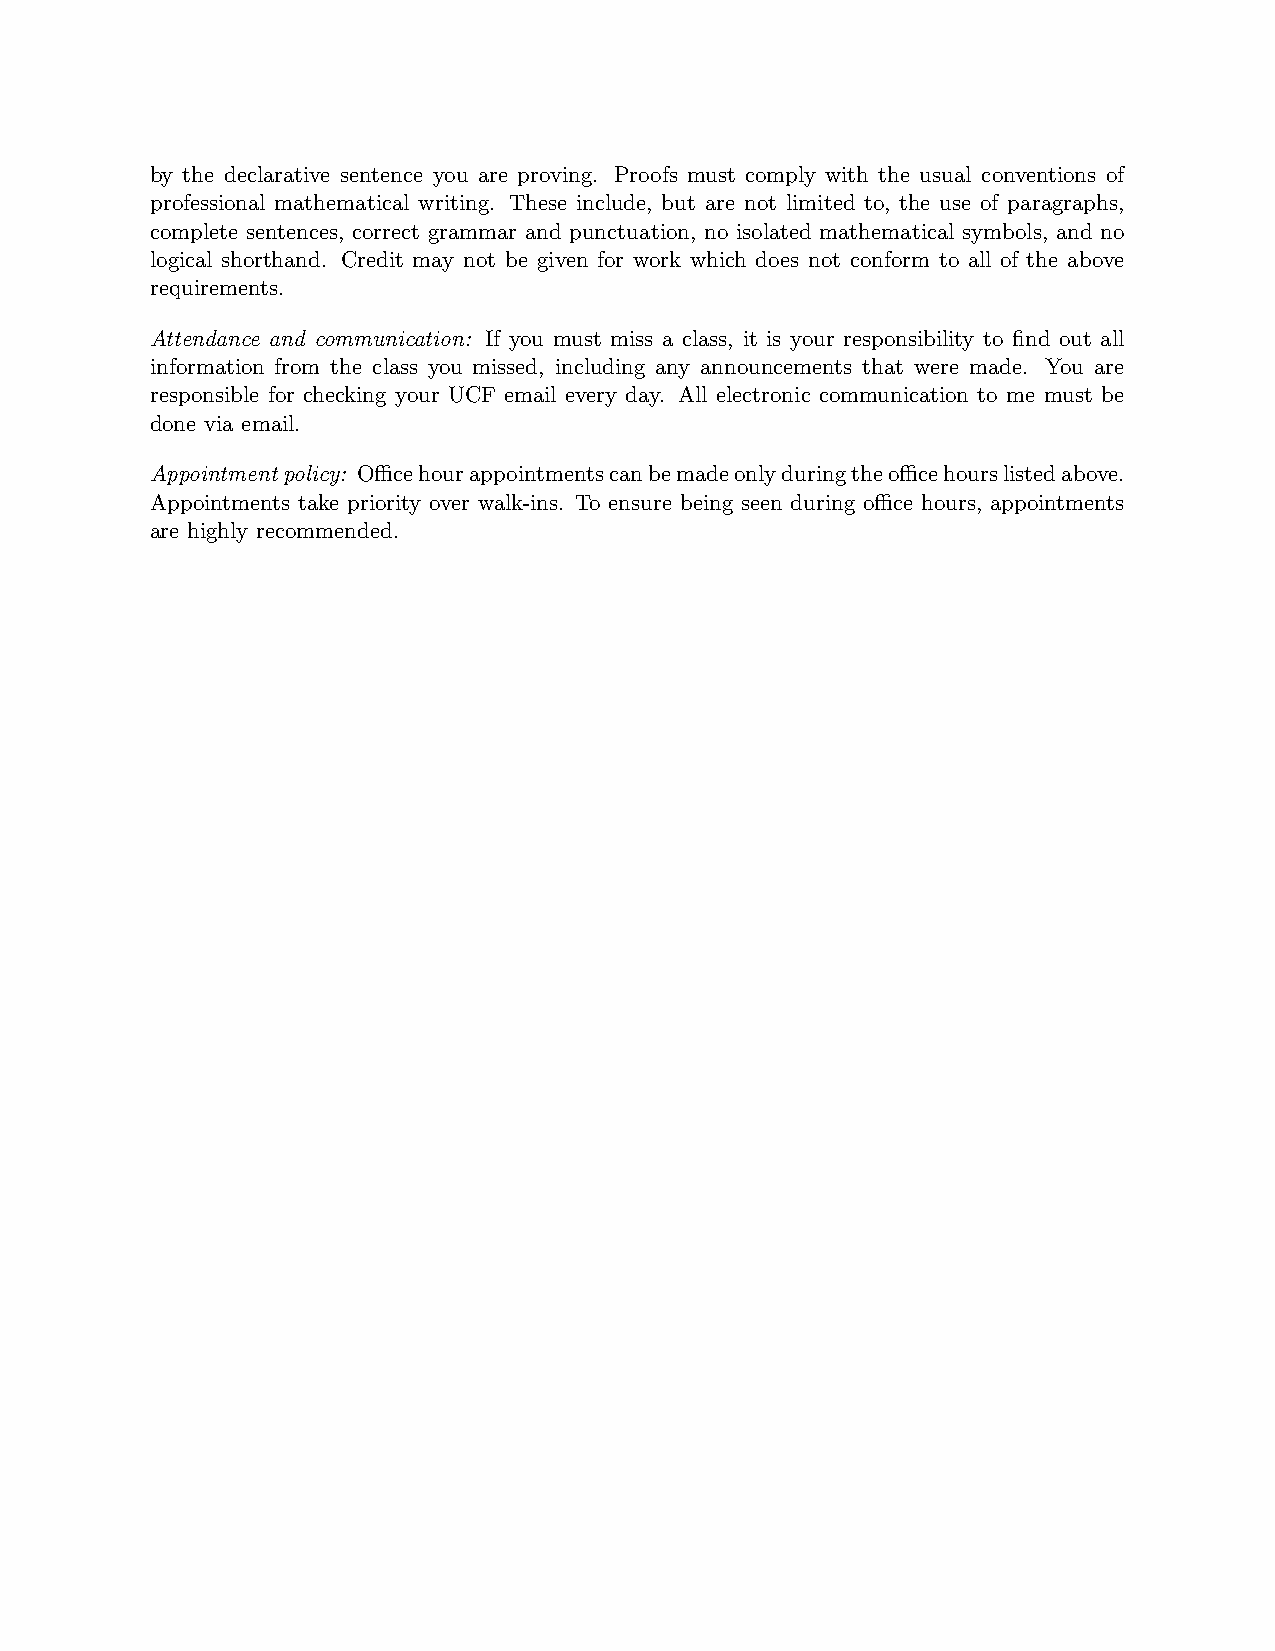
by the declarative sentence you are proving. Proofs must comply with the usual conventions of
 professional mathematical writing. These include, but are not limited to, the use of paragraphs,
 complete sentences, correct grammar and punctuation, no isolated mathematical symbols, and no
 logical shorthand. Credit may not be given for work which does not conform to all of the above
 requirements.
 Attendance and communication: If you must miss a class, it is your responsibility to find out all
 information from the class you missed, including any announcements that were made. You are
 responsible for checking your UCF email every day. All electronic communication to me must be
 done via email.
 Appointmentpolicy: Officehourappointmentscanbemadeonlyduringtheofficehourslistedabove.
 Appointments take priority over walk-ins. To ensure being seen during office hours, appointments
 are highly recommended.